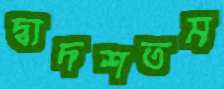
দ্বাদশতম